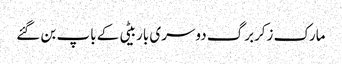
مارک زکربرگ دوسری باربیٹی کے باپ بن گئے